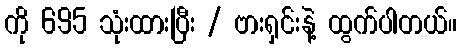
ကို 695 သုံးထားပြီး / ဗားရှင်းနဲ့ ထွက်ပါတယ်။